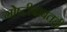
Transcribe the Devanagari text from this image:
गोष्टीबाबतही